Report on the metropolitan horse fairs and district horse shows of 1892-93 - 1892-1893
Year: 1892
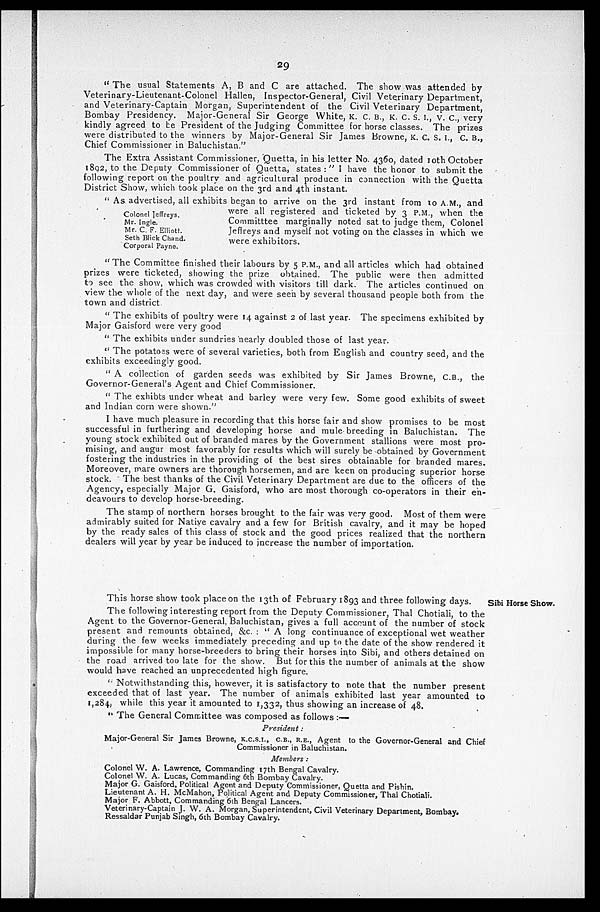
29
"The usual Statements A, B and C are attached. The show was attended by
Veterinary-Lieutenant-Colonel Hallen, Inspector-General, Civil Veterinary Department,
and Veterinary-Captain Morgan, Superintendent of the Civil Veterinary Department,
Bombay Presidency. Major-General Sir George White, K. C. B., K. C. S. I., V. C., very
kindly agreed to be President of the Judging Committee for horse classes. The prizes
were distributed to the winners by Major-General Sir James Browne, K. C. S. I., C. B.,
Chief Commissioner in Baluchistan."
The Extra Assistant Commissioner, Quetta, in his letter No. 4360, dated 10th October
1892, to the Deputy Commissioner of Quetta, states:" I have the honor to submit the
following report on the poultry and agricultural produce in connection with the Quetta
District Show, which took place on the 3rd and 4th instant.
"As advertised, all exhibits began to arrive on the 3rd instant from 10 A.M., and
were all registered and ticketed by 3 P.M., when the
Committtee marginally noted sat to judge them, Colonel
Jeffreys and myself not voting on the classes in which we
were exhibitors.
Colonel Jeffreys.
Mr. Ingle.
Mr. C. F. Elliott.
Seth Blick Chand.
Corporal Payne.
"The Committee finished their labours by 5 P.M., and all articles which had obtained
prizes were ticketed, showing the prize obtained. The public were then admitted
to see the show, which was crowded with visitors till dark. The articles continued on
view the whole of the next day, and were seen by several thousand people both from the
town and district.
"The exhibits of poultry were 14 against 2 of last year. The specimens exhibited by
Major Gaisford were very good
"The exhibits under sundries nearly doubled those of last year.
"The potatoes were of several varieties, both from English and country seed, and the
exhibits exceedingly good.
"A collection of garden seeds was exhibited by Sir James Browne, C.B., the
Governor-General's Agent and Chief Commissioner.
"The exhibts under wheat and barley were very few. Some good exhibits of sweet
and Indian corn were shown."
I have much pleasure in recording that this horse fair and show promises to be most
successful in furthering and developing horse and mule breeding in Baluchistan. The
young stock exhibited out of branded mares by the Government stallions were most pro-
mising, and augur most favorably for results which will surely be obtained by Government
fostering the industries in the providing of the best sires obtainable for branded mares.
Moreover, mare owners are thorough horsemen, and are keen on producing superior horse
stock. The best thanks of the Civil Veterinary Department are due to the officers of the
Agency, especially Major G. Gaisford, who are most thorough co-operators in their en-
deavours to develop horse-breeding.
The stamp of northern horses brought to the fair was very good. Most of them were
admirably suited for Native cavalry and a few for British cavalry, and it may be hoped
by the ready sales of this class of stock and the good prices realized that the northern
dealers will year by year be induced to increase the number of importation.
Sibi Horse Show.
This horse show took place on the 13th of February 1893 and three following days.
The following interesting report from the Deputy Commissioner, Thal Chotiali, to the
Agent to the Governor-General, Baluchistan, gives a full account of the number of stock
present and remounts obtained, &c. : "A long continuance of exceptional wet weather
during the few weeks immediately preceding and up to the date of the show rendered it
impossible for many horse-breeders to bring their horses into Sibi, and others detained on
the road arrived too late for the show. But for this the number of animals at the show
would have reached an unprecedented high figure.
"Notwithstanding this, however, it is satisfactory to note that the number present
exceeded that of last year. The number of animals exhibited last year amounted to
1,284, while this year it amounted to 1,332, thus showing an increase of 48.
"The General Committee was composed as follows:—
President:
Major-General Sir James Browne, K.C.S.I., C.E., R.E., Agent to the Governor-General and Chief
Commissioner in Baluchistan.
Members:
Colonel W. A. Lawrence, Commanding 17th Bengal Cavalry.
Colonel W. A. Lucas, Commanding 6th Bombay Cavalry.
Major G. Gaisford, Political Agent and Deputy Commissioner, Quetta and Pishin.
Lieutenant A. H. McMahon, Political Agent and Deputy Commissioner, Thal Chotiali.
Major F. Abbott, Commanding 6th Bengal Lancers.
Veterinary-Captain J. W. A. Morgan, Superintendent, Civil Veterinary Department, Bombay.
Ressaldar Punjab Singh, 6th Bombay Cavalry.